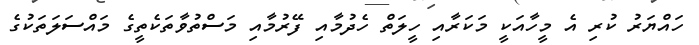
ހައްޔަރު ކުރި އެ މީހާއަކީ މަކަރާއި ހީލަތް ހެދުމާއި ފޭރުމާއި މަސްތުވާތަކެތީގެ މައްސަލަތަކުގެ